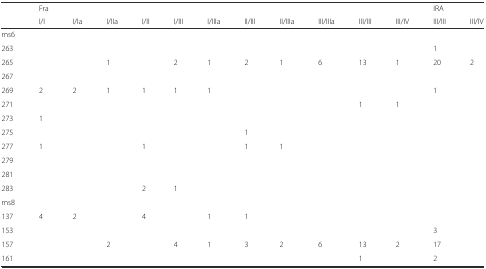
<table><thead><tr><td></td><td><b>Fra</b></td><td></td><td></td><td></td><td></td><td></td><td></td><td></td><td></td><td></td><td></td><td><b>IRA</b></td><td></td></tr><tr><td></td><td><b>I/I</b></td><td><b>I/Ia</b></td><td><b>I/IIa</b></td><td><b>I/II</b></td><td><b>I/III</b></td><td><b>I/IIIa</b></td><td><b>II/III</b></td><td><b>II/IIIa</b></td><td><b>III/IIIa</b></td><td><b>III/III</b></td><td><b>III/IV</b></td><td><b>III/III</b></td><td><b>III/IV</b></td></tr></thead><tbody><tr><td>ms6</td><td></td><td></td><td></td><td></td><td></td><td></td><td></td><td></td><td></td><td></td><td></td><td></td><td></td></tr><tr><td>263</td><td></td><td></td><td></td><td></td><td></td><td></td><td></td><td></td><td></td><td></td><td></td><td>1</td><td></td></tr><tr><td>265</td><td></td><td></td><td>1</td><td></td><td>2</td><td>1</td><td>2</td><td>1</td><td>6</td><td>13</td><td>1</td><td>20</td><td>2</td></tr><tr><td>267</td><td></td><td></td><td></td><td></td><td></td><td></td><td></td><td></td><td></td><td></td><td></td><td></td><td></td></tr><tr><td>269</td><td>2</td><td>2</td><td>1</td><td>1</td><td>1</td><td>1</td><td></td><td></td><td></td><td></td><td></td><td>1</td><td></td></tr><tr><td>271</td><td></td><td></td><td></td><td></td><td></td><td></td><td></td><td></td><td></td><td>1</td><td>1</td><td></td><td></td></tr><tr><td>273</td><td>1</td><td></td><td></td><td></td><td></td><td></td><td></td><td></td><td></td><td></td><td></td><td></td><td></td></tr><tr><td>275</td><td></td><td></td><td></td><td></td><td></td><td></td><td>1</td><td></td><td></td><td></td><td></td><td></td><td></td></tr><tr><td>277</td><td>1</td><td></td><td></td><td>1</td><td></td><td></td><td>1</td><td>1</td><td></td><td></td><td></td><td></td><td></td></tr><tr><td>279</td><td></td><td></td><td></td><td></td><td></td><td></td><td></td><td></td><td></td><td></td><td></td><td></td><td></td></tr><tr><td>281</td><td></td><td></td><td></td><td></td><td></td><td></td><td></td><td></td><td></td><td></td><td></td><td></td><td></td></tr><tr><td>283</td><td></td><td></td><td></td><td>2</td><td>1</td><td></td><td></td><td></td><td></td><td></td><td></td><td></td><td></td></tr><tr><td>ms8</td><td></td><td></td><td></td><td></td><td></td><td></td><td></td><td></td><td></td><td></td><td></td><td></td><td></td></tr><tr><td>137</td><td>4</td><td>2</td><td></td><td>4</td><td></td><td>1</td><td>1</td><td></td><td></td><td></td><td></td><td></td><td></td></tr><tr><td>153</td><td></td><td></td><td></td><td></td><td></td><td></td><td></td><td></td><td></td><td></td><td></td><td>3</td><td></td></tr><tr><td>157</td><td></td><td></td><td>2</td><td></td><td>4</td><td>1</td><td>3</td><td>2</td><td>6</td><td>13</td><td>2</td><td>17</td><td></td></tr><tr><td>161</td><td></td><td></td><td></td><td></td><td></td><td></td><td></td><td></td><td></td><td>1</td><td></td><td>2</td><td></td></tr></tbody></table>